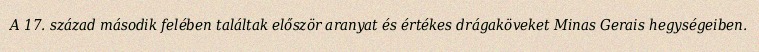
A 17. század második felében találtak először aranyat és értékes drágaköveket Minas Gerais hegységeiben.